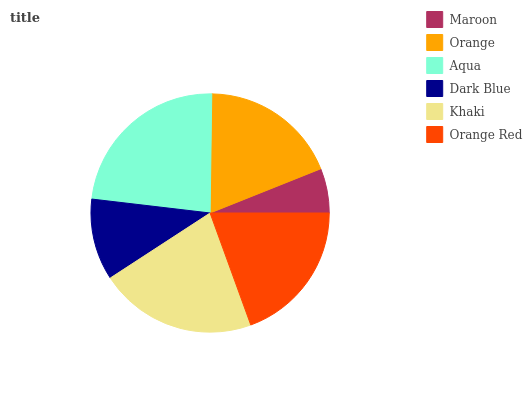
| Maroon | Orange | Aqua | Dark Blue | Khaki | Orange Red |
 | --- | --- | --- | --- | --- | --- |
 | 6.05% | 18.8% | 23.4% | 11% | 21.3% | 19.4% |